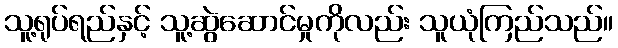
သူ့ရုပ်ရည်နှင့် သူ့ဆွဲဆောင်မှုကိုလည်း သူယုံကြည်သည်။